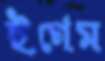
ইগেম